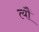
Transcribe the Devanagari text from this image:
त्यौं